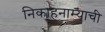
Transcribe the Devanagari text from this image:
निकाहनाम्याची